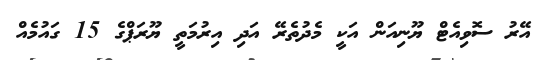
އޭރު ސޮވިއެޓް ޔޫނިއަން އަކީ މެދުތެރޭ އަދި އިރުމަތީ ޔޫރަޕްގެ 15 ގައުމެއް